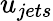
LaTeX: u_{jets}